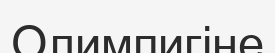
Олимпигіне